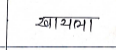
मजकूर: खायला